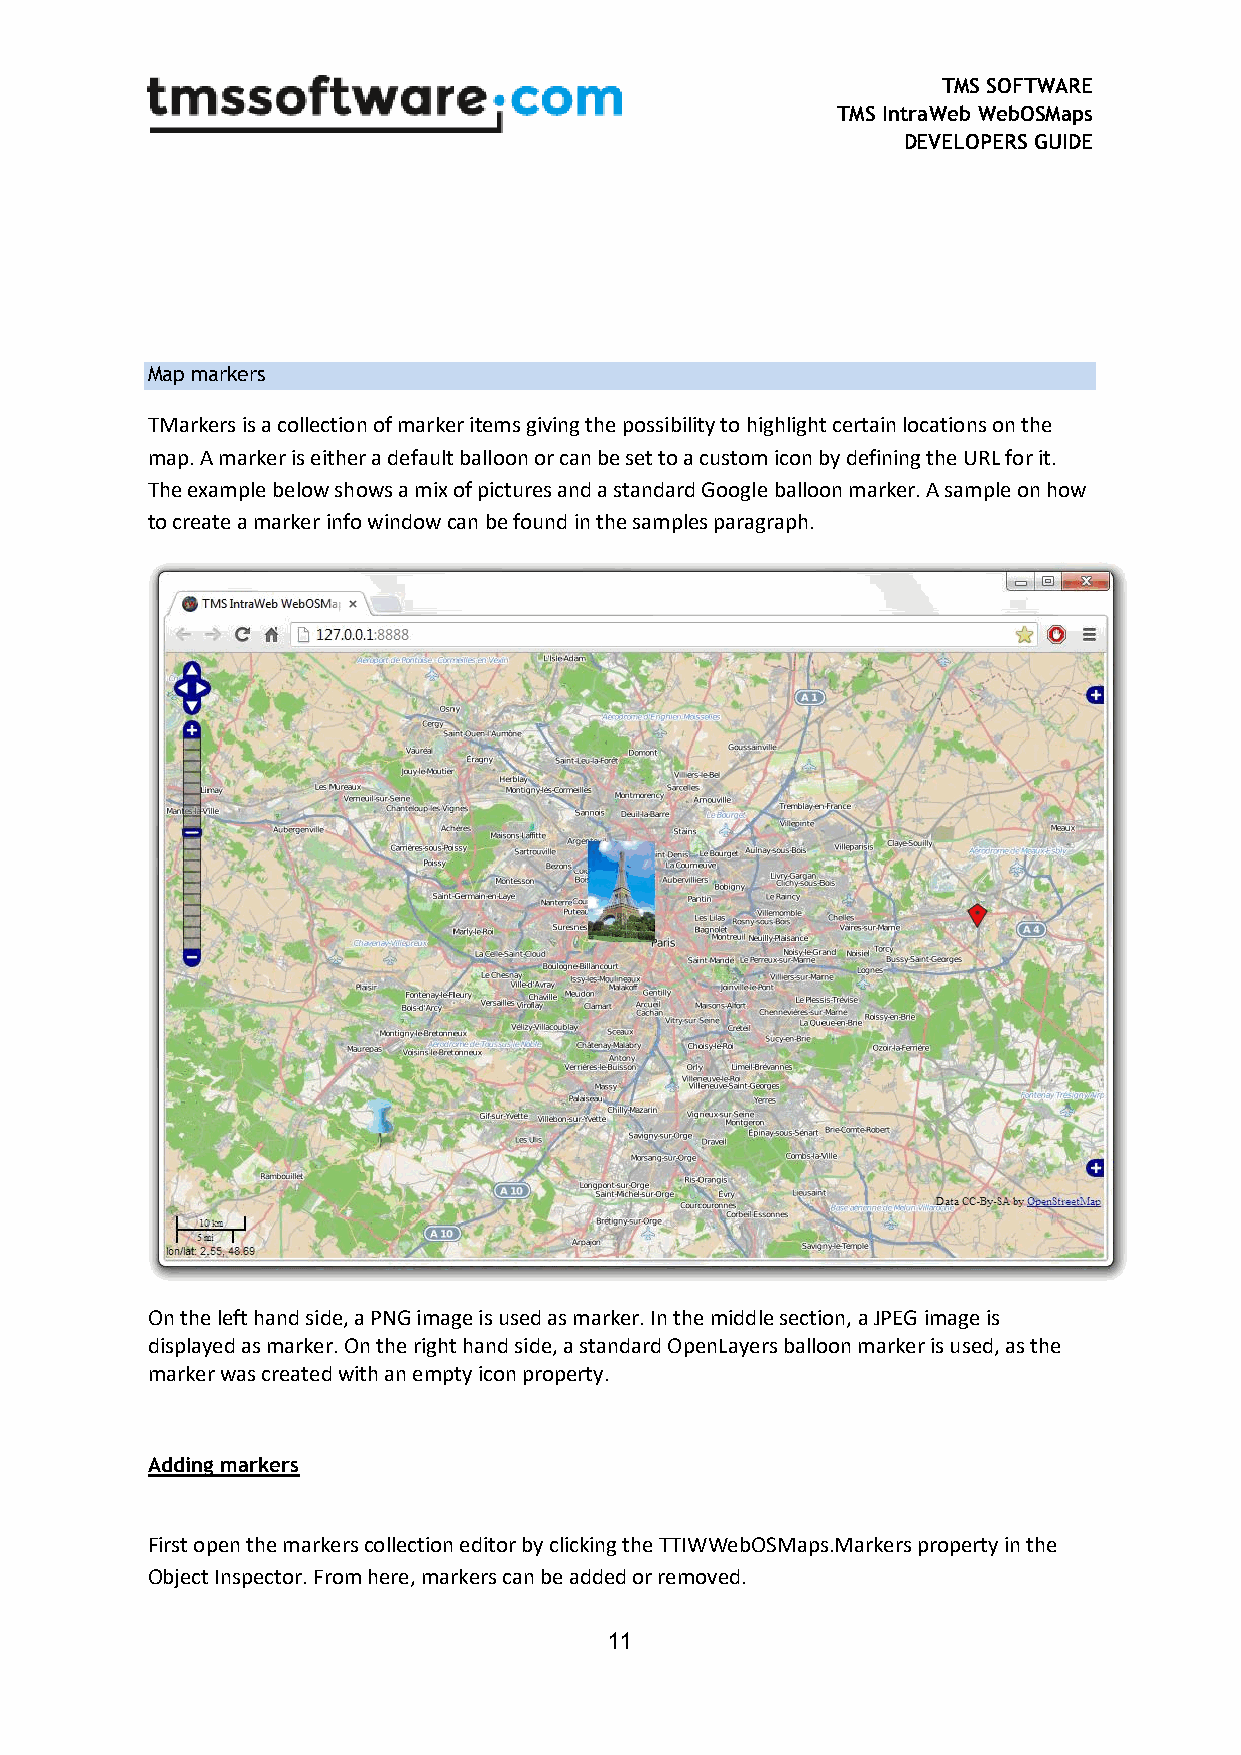
TMS SOFTWARE
 TMS IntraWeb WebOSMaps
 DEVELOPERS GUIDE
 Map markers
 TMarkers is a collection of marker items giving the possibility to highlight certain locations on the
 map. A marker is either a default balloon or can be set to a custom icon by defining the URL for it.
 The example below shows a mix of pictures and a standard Google balloon marker. A sample on how
 to create a marker info window can be found in the samples paragraph.
 On the left hand side, a PNG image is used as marker. In the middle section, a JPEG image is
 displayed as marker. On the right hand side, a standard OpenLayers balloon marker is used, as the
 marker was created with an empty icon property.
 Adding markers
 First open the markers collection editor by clicking the TTIWWebOSMaps.Markers property in the
 Object Inspector. From here, markers can be added or removed.
 11